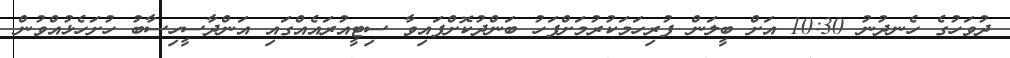
ދުވަހުގެ ހެނދުނު 10:30 އަށް ބީލަން ފުރިހަމަކުރުމަށްފަހު ބަންދުކޮށްފައިވާ ސިޓީއުރައެއްގައި އަންދާސީހިސާބު ހުށަހެޅުއްވުން